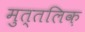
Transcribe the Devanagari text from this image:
मुत्तलिक़